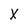
Character: X